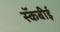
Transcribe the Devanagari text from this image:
स्कॅबीई